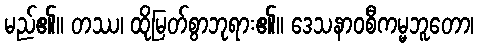
မည်၏။ တဿ၊ ထိုမြတ်စွာဘုရား၏။ ဒေသနာဝစီကမ္မဘူတော၊